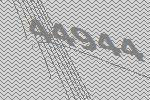
44944